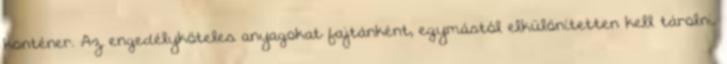
konténer. Az engedélyköteles anyagokat fajtánként, egymástól elkülönítetten kell tárolni.